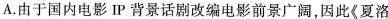
A.由于国内电影P背景话剧改编电影前景广阔，因此《夏浴